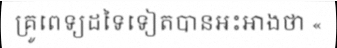
គ្រូពេទ្យដទៃទៀតបានអះអាងថា «